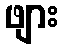
ဖျား